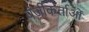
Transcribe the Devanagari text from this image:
पंजीकर्ताओं